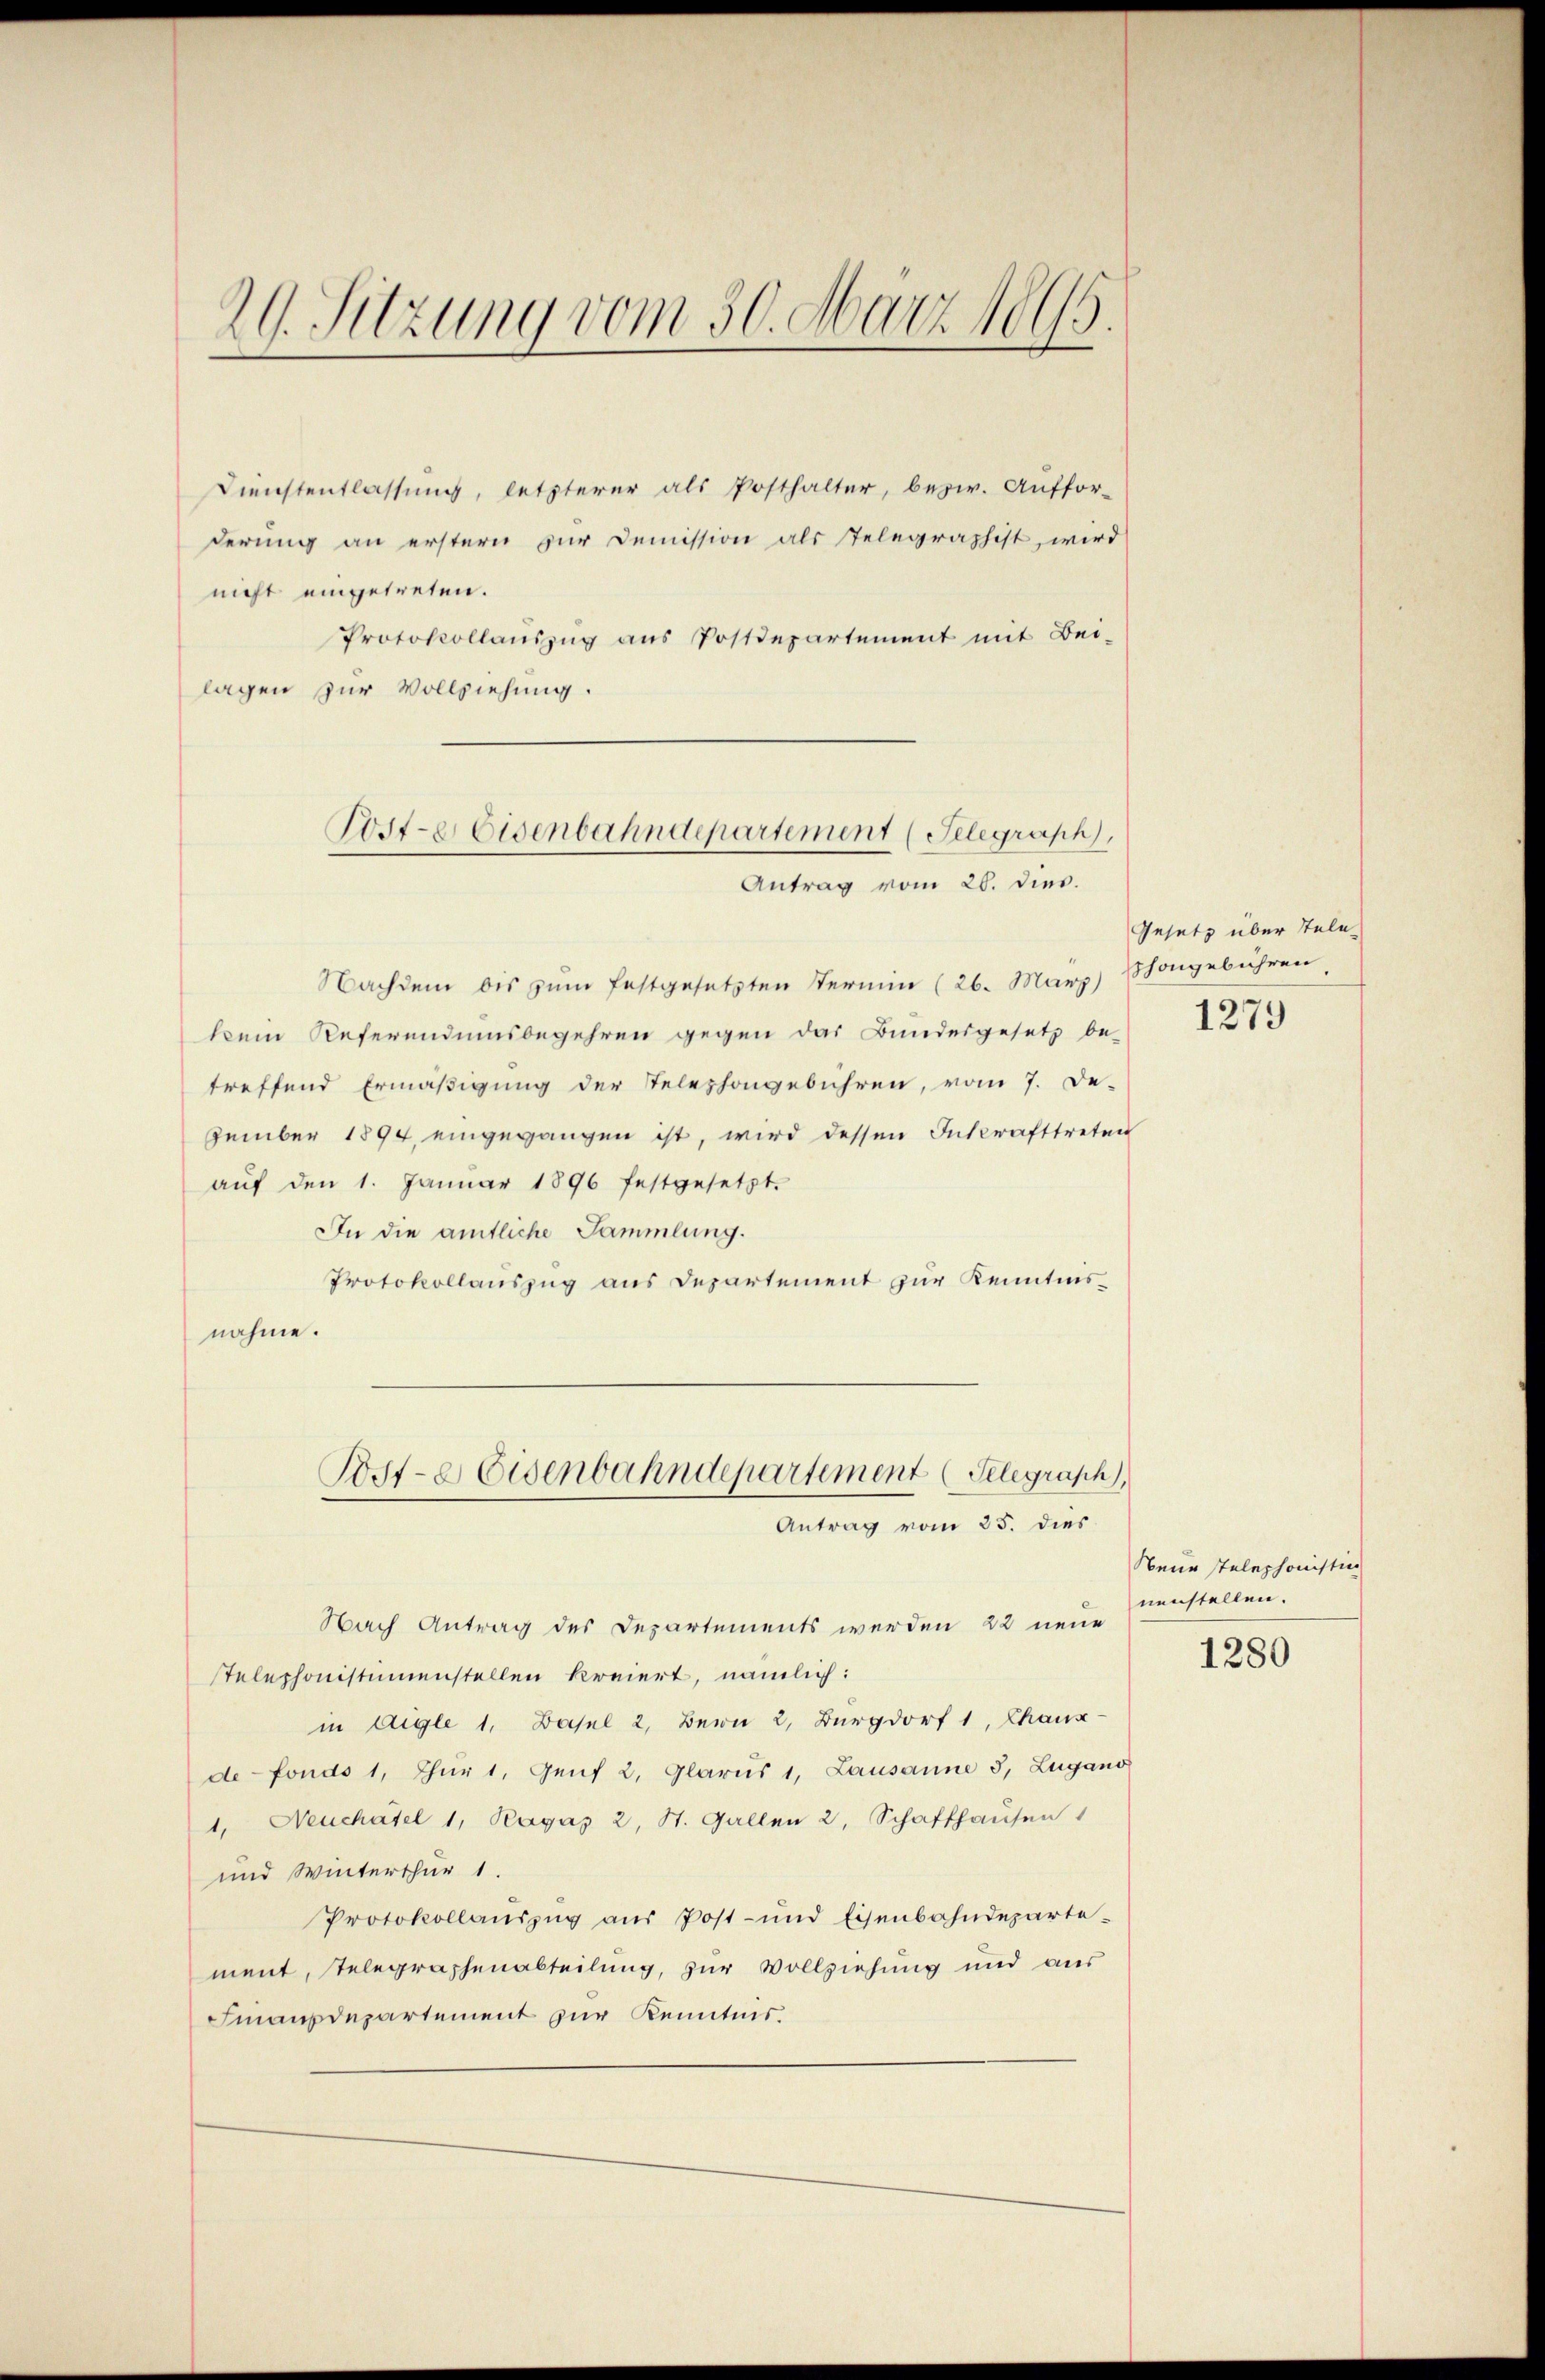
20. Sitzung vom 30. März 1895.

Dienstentlassung, letzterer als Posthalter, bezw. Auffor-
derung an erstern zur Demission als Telegraphist, wird
nicht eingetreten.
Protokollaŭszŭg ans Postdepartement mit Bei-
lagen zur Vollziehung.

Nachdem bis zum festgesetzten Termin (26. März) Stongebühren.
kein Referendumsbegehren gegen das Bundesgesetz be-
treffend Ermäßigung der Telephongebühren, vom 7. De-
zember 1894, eingegangen ist, wird dessen Inkrafttreten
aŭf den 1. Januar 1896 festgesetzt.
In die amtliche Sammlung.
Protokollauszug aus Departement zur Kenntnisnahme.
Nach Antrag des Departements werden 22 neue
stelephonistimmenstellen kreiert, nämlich:
in Aigle 1, Basel 2. Bern 2, Burgdorf 1, Chaux-
defonds 1, Thür 1. Genf 2, Glarus 1, Lausanne 3, Lugano
1, Neuchâtel 1, Pagas 2, St. Gallen 2, Schaffhausen
und Winterthur 1.
Protokollaŭszŭg aŭs Post- und Eisenbahndepartement, Telegraphenabteilung, zur Vollziehung und aus
Finanzdepartement zur Kenntnis.

Post-e Eisenbahndepartement (Telegraph,
Antrag vom 26. dies.

Porte Eisenbahndepartement (Telegraph,
Antrag vom 25. dies

Gesetz über Tele

1279

Neue telephonistian
nenstellen.

1280